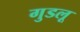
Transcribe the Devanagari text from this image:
गुडलू